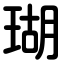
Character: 瑚